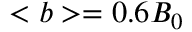
< b > = 0 . 6 B _ { 0 }